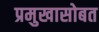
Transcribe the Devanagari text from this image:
प्रमुखासोबत